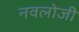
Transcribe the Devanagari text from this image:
नवलोजी